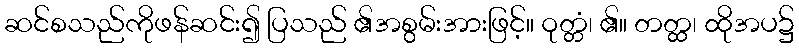
ဆင်စသည်ကိုဖန်ဆင်း၍ ပြသည် ၏အစွမ်းအားဖြင့်။ ဝုတ္တံ၊ ၏။ တတ္ထ၊ ထိုအပ၌